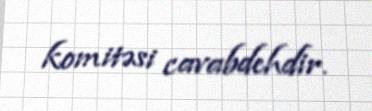
komitəsi cavabdehdir.